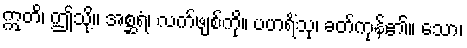
ဣတိ၊ ဤသို့။ အစ္ဆရံ၊ လက်ဖျစ်ကို။ ပဟရိံသု၊ ခတ်ကုန်၏။ သော၊